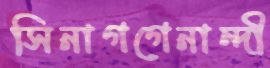
সিনাগগেনান্দী